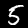
Digit: 5